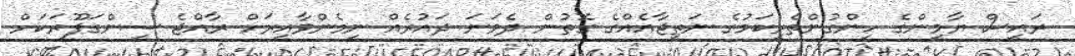
ރައީސް ޔާމީންގެ ހިންގުންތެރިކަމުގެ ނަތީޖާއެއްގެ ގޮތުން ދެވަނަ ދައުރެއް ނިމެންވާއިރަށް ރާއްޖެ ސިންގަޕޫރަކަށް